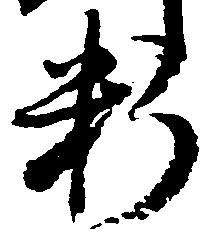
料